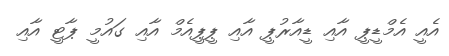
އެއީ އެމްޑީޕީ އާއި ޑީއާރުޕީ އާއި ޕީޕީއެމް އާއި ގައުމީ ޕާޓީ އާއި